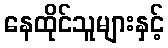
နေထိုင်သူများနှင့်